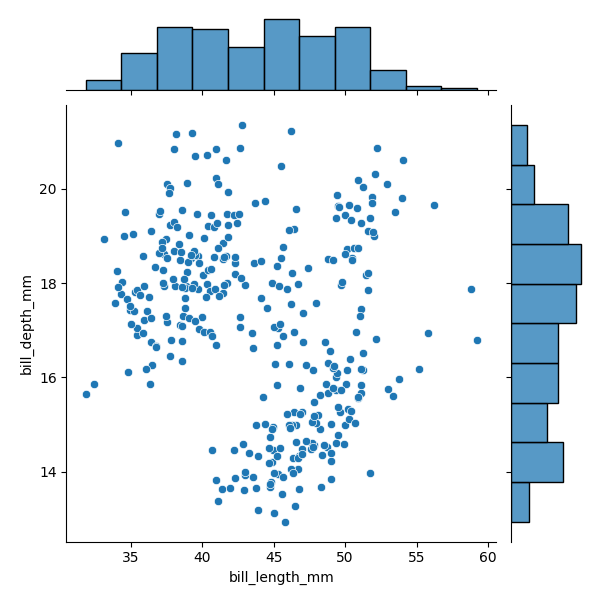
python, seaborn, JointGrid, scatterplot, histplot